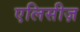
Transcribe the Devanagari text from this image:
एलिसीज़